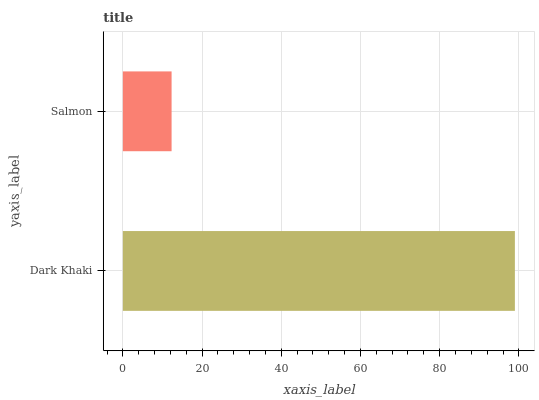
| yaxis_label | bars |
 | --- | --- |
 | Dark Khaki | 99 |
 | Salmon | 12.3 |